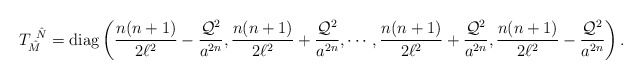
\begin{align*}T_{\hat M}^{~\hat N} ={\rm diag}\left (\frac{n(n+1)}{2\ell^2} -\frac{{\cal Q}^2}{a^{2n}}, \frac{n(n+1)}{2\ell^2} +\frac{{\cal Q}^2}{a^{2n}}, \cdots, \frac{n(n+1)}{2\ell^2} +\frac{{\cal Q}^2}{a^{2n}}, \frac{n(n+1)}{2\ell^2}-\frac{{\cal Q}^2}{a^{2n}} \right).\end{align*}